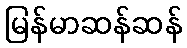
မြန်မာဆန်ဆန်